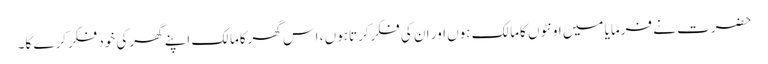
حضرت نے فرمایا میں اونٹوں کامالک ہوں اور ان کی فکرکرتاہوں ، اس گھرکامالک اپنے گھرکی خود فکرکرے گا۔